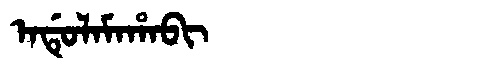
Manchu: ᠠᡩᡠᠯᠠᠮᠠᡥᠠᠪᡳ
Romanization: ADULAMAHABI